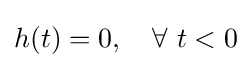
h(t)=0,\quad \forall \ t<0